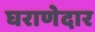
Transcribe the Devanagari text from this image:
घराणेदार